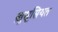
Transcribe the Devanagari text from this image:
ख़ुसूसियत